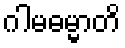
ဂါမဓမ္မာတိ